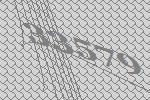
33579